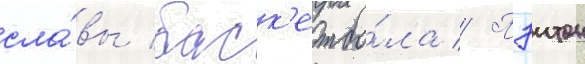
сла́вы баск'етбо́ла // Пэитон